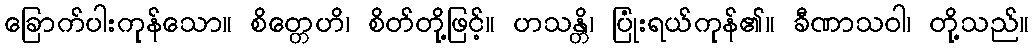
ခြောက်ပါးကုန်သော။ စိတ္တေဟိ၊ စိတ်တို့ဖြင့်။ ဟသန္တိ၊ ပြုံးရယ်ကုန်၏။ ခီဏာသဝါ၊ တို့သည်။